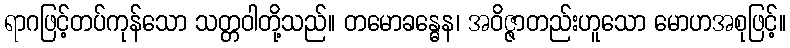
ရာဂဖြင့်တပ်ကုန်သော သတ္တဝါတို့သည်။ တမောခန္ဓေန၊ အဝိဇ္ဇာတည်းဟူသော မောဟအစုဖြင့်။